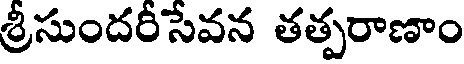
శ్రీసుందరీసేవన తత్పరాణాం